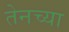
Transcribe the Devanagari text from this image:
तेनच्या